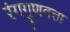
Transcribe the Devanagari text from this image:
रंगगुणवत्ता